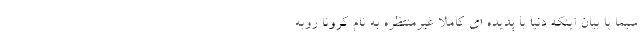
سیما با بیان اینکه دنیا با پدیده ای کاملا غیرمنتظره به نام کرونا روبه